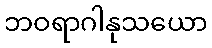
ဘဝရာဂါနုသယော